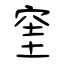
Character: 窐